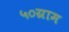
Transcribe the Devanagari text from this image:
५०ग्राम